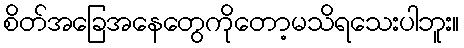
စိတ်အခြေအနေတွေကိုတော့မသိရသေးပါဘူး။